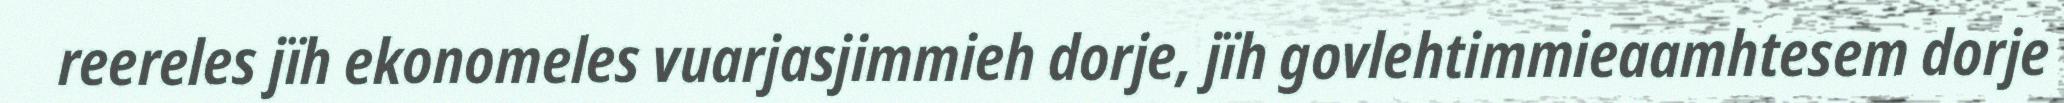
reereles jïh ekonomeles vuarjasjimmieh dorje, jïh govlehtimmieaamhtesem dorje